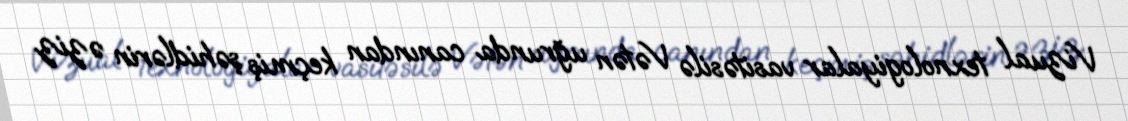
Vizual texnologiyalar vasitəsilə Vətən uğrunda canından keçmiş şəhidlərin əziz